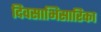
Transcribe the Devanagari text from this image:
दिवसाभिसारिका